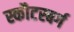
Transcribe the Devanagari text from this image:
स्कौटस्बर्ग